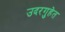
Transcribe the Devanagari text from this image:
उदरगुहेत